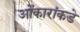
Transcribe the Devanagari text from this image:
ओंकारांकडे